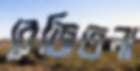
বেজিতলা